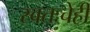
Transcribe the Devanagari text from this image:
स्वतःचेही